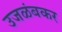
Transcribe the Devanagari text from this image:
उजळंबकर